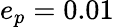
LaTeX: e_{p}=0.01